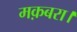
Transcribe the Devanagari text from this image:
मक़बरा।